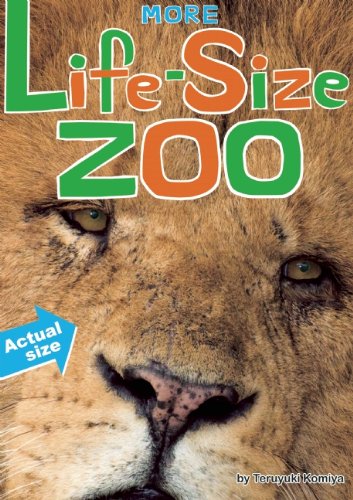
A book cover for More Life-Size Zoo: An All-New Actual-Size Animal Encyclopedia; Teruyuki Komiya; Reference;